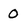
Character: 0